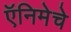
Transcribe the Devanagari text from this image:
ऍनिमेचे